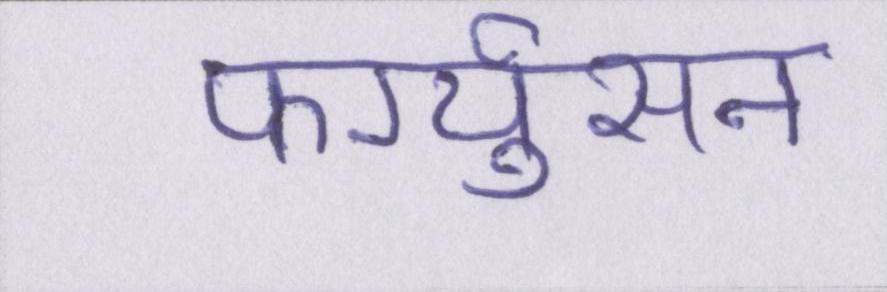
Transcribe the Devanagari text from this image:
फर्ग्युसन